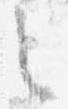
之